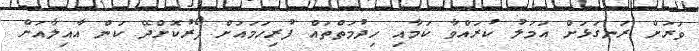
ވަރަށް ރަނގަޅަށް އަމަލު ކުރައްވާ ކަމާއި ހިދުމަތްތައް ފުރިހަމައަށް ފޯރުކޮށްދޭ ކަން އާއިލާއަށް